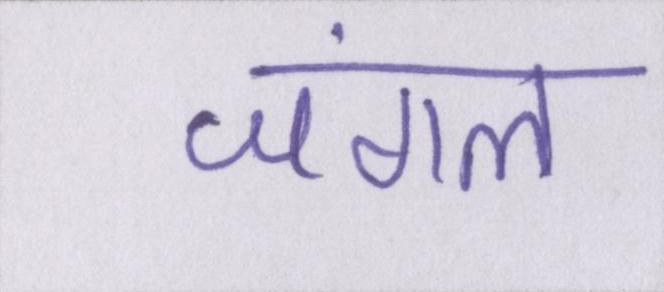
जंगल